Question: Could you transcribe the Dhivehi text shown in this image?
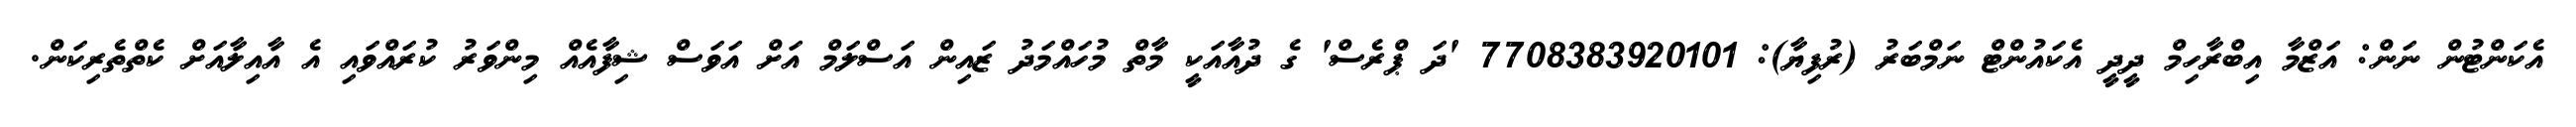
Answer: އެކަންޓުން ނަން: އަޒްމާ އިބްރާހިމް ދީދީ އެކައުންޓް ނަމްބަރު (ރުފިޔާ): 7708383920101 'ދަ ޕްރެސް' ގެ ދުއާއަކީ މާތް މުހައްމަދު ޒައިން އަސްލަމް އަށް އަވަސް ޝިފާއެއް މިންވަރު ކުރައްވައި އެ އާއިލާއަށް ކެތްތެރިކަން.